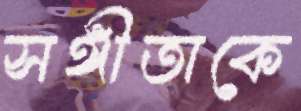
সঙ্গীতাকে